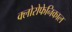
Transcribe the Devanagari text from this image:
क्लोरोफेनिकाल